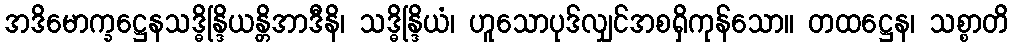
အဒိမောက္ခဋ္ဌေနသဒ္ဓိန္ဒြိယန္တိအာဒီနိ၊ သဒ္ဓိန္ဒြိယံ၊ ဟူသောပုဒ်လျှင်အစရှိကုန်သော။ တထဋ္ဌေန၊ သစ္စာတိ